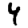
Digit: 4